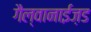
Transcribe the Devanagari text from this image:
गैल्वानाईज़ड